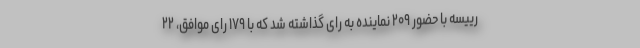
رییسه با حضور ۲۰۹ نماینده به رای گذاشته شد که با ۱۷۹ رای موافق، ۲۲